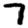
Digit: 7